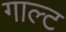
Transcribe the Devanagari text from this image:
गाल्ट